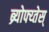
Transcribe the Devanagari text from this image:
ब्र्योफ्य्तेस्